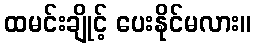
ထမင်းချိုင့် ပေးနိုင်မလား။